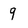
Character: 9